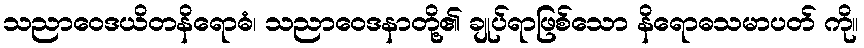
သညာဝေဒယိတနိရောဓံ၊ သညာဝေဒနာတို့၏ ချုပ်ရာဖြစ်သော နိရောဓသမာပတ် ကို။